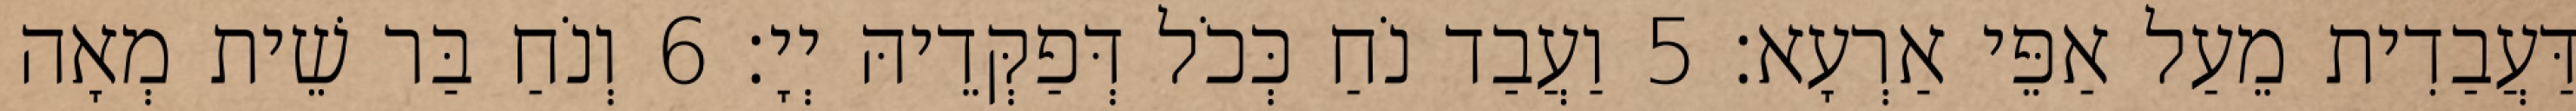
דַּעֲבַדִית מֵעַל אַפֵּי אַרְעָא׃ 5 וַעֲבַד נֹחַ כְּכֹל דְּפַקְּדֵיהּ יְיָ׃ 6 וְנֹחַ בַּר שֵׁית מְאָה